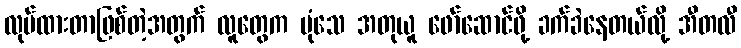
လုပ်ထားတာဖြစ်တဲ့အတွက် လူတွေက ပုံသေ အတုယူ ဖော်ဆောင်ဖို့ ခက်ခဲနေတယ်လို့ အီတလီ